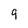
Character: 9